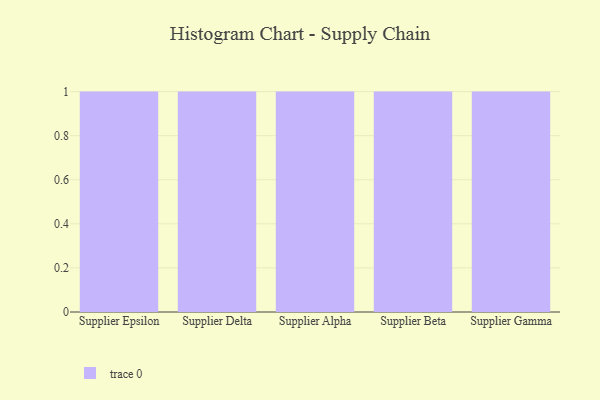
{"axis": {"x": "Supplier", "y": "Page Views"}, "legend": [""], "data": [{"x": "Supplier Epsilon", "y": 12, "type": ""}, {"x": "Supplier Delta", "y": 25, "type": ""}, {"x": "Supplier Alpha", "y": 98, "type": ""}, {"x": "Supplier Beta", "y": 67, "type": ""}, {"x": "Supplier Gamma", "y": 10, "type": ""}]}